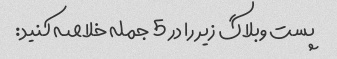
پست وبلاگ زیر را در 5 جمله خلاصه کنید: